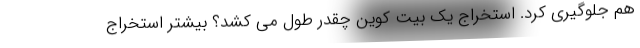
هم جلوگیری کرد. استخراج یک بیت کوین چقدر طول می کشد؟ بیشتر استخراج